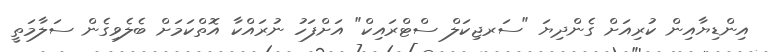
އިންޑިޔާއިން ކުރިއަށް ގެންދިޔަ "ސަރޖިކަލް ސްޓްރައިކް" އަށްފަހު ނުރައްކާ އޮތްކަމަށް ބެލެވިގެން ސަލާމަތީ